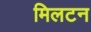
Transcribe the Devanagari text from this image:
मिलटन